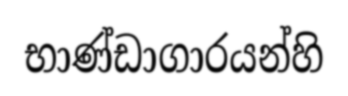
භාණ්ඩාගාරයන්හි